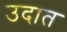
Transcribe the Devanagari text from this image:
उदात